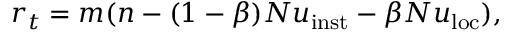
r _ { t } = m ( n - ( 1 - \beta ) N u _ { \mathrm { { i n s t } } } - \beta N u _ { \mathrm { { l o c } } } ) ,